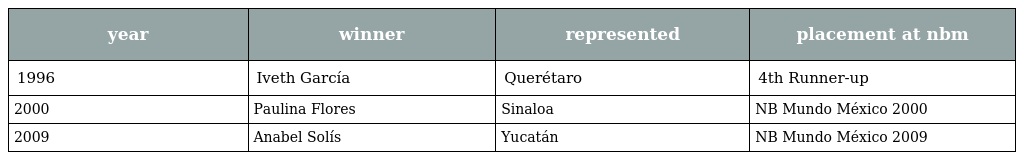
| year | winner | represented | placement at nbm |
 | --- | --- | --- | --- |
 | 1996 | Iveth García | Querétaro | 4th Runner-up |
 | 2000 | Paulina Flores | Sinaloa | NB Mundo México 2000 |
 | 2009 | Anabel Solís | Yucatán | NB Mundo México 2009 |